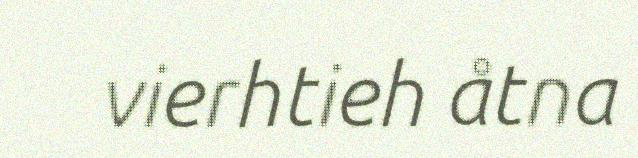
vierhtieh åtna